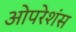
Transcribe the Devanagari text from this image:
ओपरेशंस